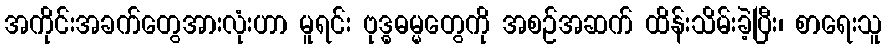
အကိုင်းအခက်တွေအားလုံးဟာ မူရင်း ဗုဒ္ဓဓမ္မတွေကို အစဉ်အဆက် ထိန်းသိမ်းခဲ့ပြီး၊ စာရေးသူ